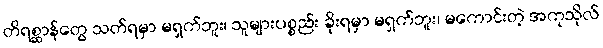
တိရစ္ဆာန်တွေ သတ်ရမှာ မရှက်ဘူး၊ သူများပစ္စည်း ခိုးရမှာ မရှက်ဘူး၊ မကောင်းတဲ့ အကုသိုလ်